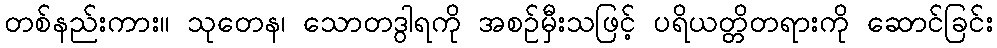
တစ်နည်းကား။ သုတေန၊ သောတဒွါရကို အစဉ်မှီးသဖြင့် ပရိယတ္တိတရားကို ဆောင်ခြင်း